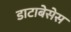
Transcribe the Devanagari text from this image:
डाटाबेसेस